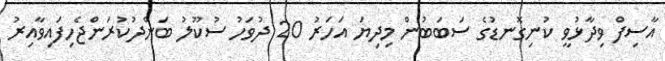
އާސިފް ވިދާޅުވީ ކުނިގޮނޑުގެ ސަބަބުން މިދިޔަ އަހަރު 20 ދުވަހު ސުކޫލު ބަންދުކުރަންޖެހިފައިވާއިރު